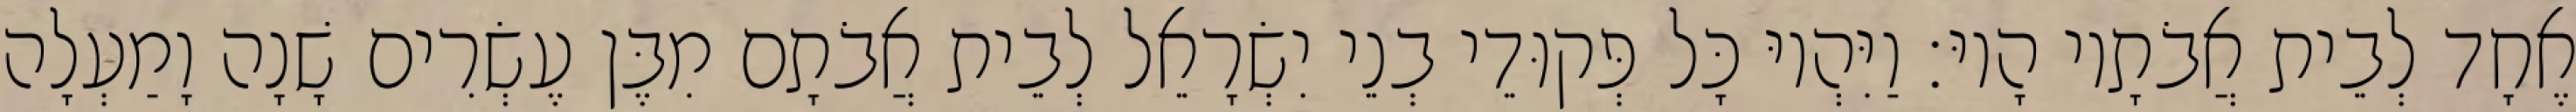
אֶחָד לְבֵית אֲבֹתָיו הָיוּ׃ וַיִּהְיוּ כָּל פְּקוּדֵי בְנֵי יִשְׂרָאֵל לְבֵית אֲבֹתָם מִבֶּן עֶשְׂרִים שָׁנָה וָמַעְלָה